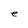
Character: e